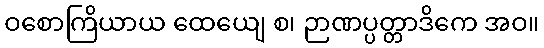
ဝစောကြိယာယ ထေယျေ စ၊ ဉာဏပ္ပတ္တာဒိကေ အဝ။